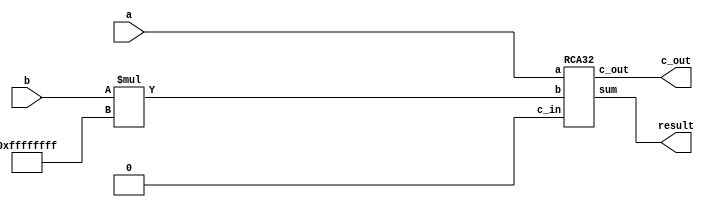
`timescale 1ns/10ps
module arithmetic_sub(input wire [31:0] a, b, output wire c_out, output wire [31:0] result);

	RCA32 sum(c_out, result[31:0], a[31:0], (b[31:0])*(-1), 1'b0);
	//RCA64 sum(c_out, result[31:0], a[31:0], b[31:0], c_in);
	
	//IF C_OUT == 1, there is overflow
		
endmodule


module arithmetic_add(input wire [31:0] a, b, output wire c_out, output wire [31:0] result);

	RCA32 sum(c_out, result[31:0], a[31:0], b[31:0], 1'b0);
	//RCA64 sum(c_out, result[31:0], a[31:0], b[31:0], c_in);
	
	//IF C_OUT == 1, there is overflow
		
endmodule


//Half-Adder
module HA(output c_out, sum, input a, b);
	
	xor (sum, a, b);
	and (c_out, a, b);
		
endmodule


//Full-Adder
module FA(output c_out, sum, input a, b, c_in);

	wire wire_1, wire_2, wire_3;

	HA HA_1(wire_2, wire_1, a, b);
	HA HA_2(wire_3, sum, c_in, wire_1);
	or (c_out, wire_3, wire_2);

endmodule


//4-bit Ripple Carry Adder
module RCA4(output c_out, output wire[3:0] sum, input wire[3:0] a, b, input c_in);

	wire wire_1, wire_2, wire_3;

	FA FA_1(wire_1, sum[0], a[0], b[0], c_in);
	FA FA_2(wire_2, sum[1], a[1], b[1], wire_1);
	FA FA_3(wire_3, sum[2], a[2], b[2], wire_2);
	FA FA_4(c_out, sum[3], a[3], b[3], wire_3);
	
endmodule


//16-bit Ripple Carry Adder
module RCA16(output c_out, output wire[15:0] sum, input wire[15:0] a, b, input c_in); 

	wire wire_1, wire_2, wire_3;
	
	RCA4 RCA4_1(wire_1, sum[3:0], a[3:0], b[3:0], c_in);
	RCA4 RCA4_2(wire_2, sum[7:4], a[7:4], b[7:4], wire_1);
	RCA4 RCA4_3(wire_3, sum[11:8], a[11:8], b[11:8], wire_2);
	RCA4 RCA4_4(c_out, sum[15:12], a[15:12], b[15:12], wire_3);
	
endmodule


//32-bit Ripple Carry Adder
module RCA32(output c_out, output wire[31:0] sum, input wire[31:0] a, b, input c_in);

	wire wire_1;
	
	RCA16 RCA16_1(wire_1, sum[15:0], a[15:0], b[15:0], c_in);
	RCA16 RCA16_2(c_out, sum[31:16], a[31:16], b[31:16], wire_1);
	
endmodule

//64-bit Ripple Carry Adder (UNUSED)
module RCA64(output c_out, output wire[63:0] sum, input wire[63:0] a, b, input c_in);

	wire wire_1, wire_2, wire_3;
	
	RCA16 RCA16_1(wire_1, sum[15:0], a[15:0], b[15:0], c_in);
	RCA16 RCA16_2(wire_2, sum[31:16], a[31:16], b[31:16], wire_1);
	RCA16 RCA16_3(wire_3, sum[47:32], a[47:32], b[47:32], wire_2);
	RCA16 RCA16_4(c_out, sum[63:48], a[63:48], b[63:48], wire_3);
	
endmodule